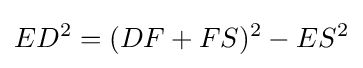
ED^{2}=(DF+FS)^{2}-ES^{2}